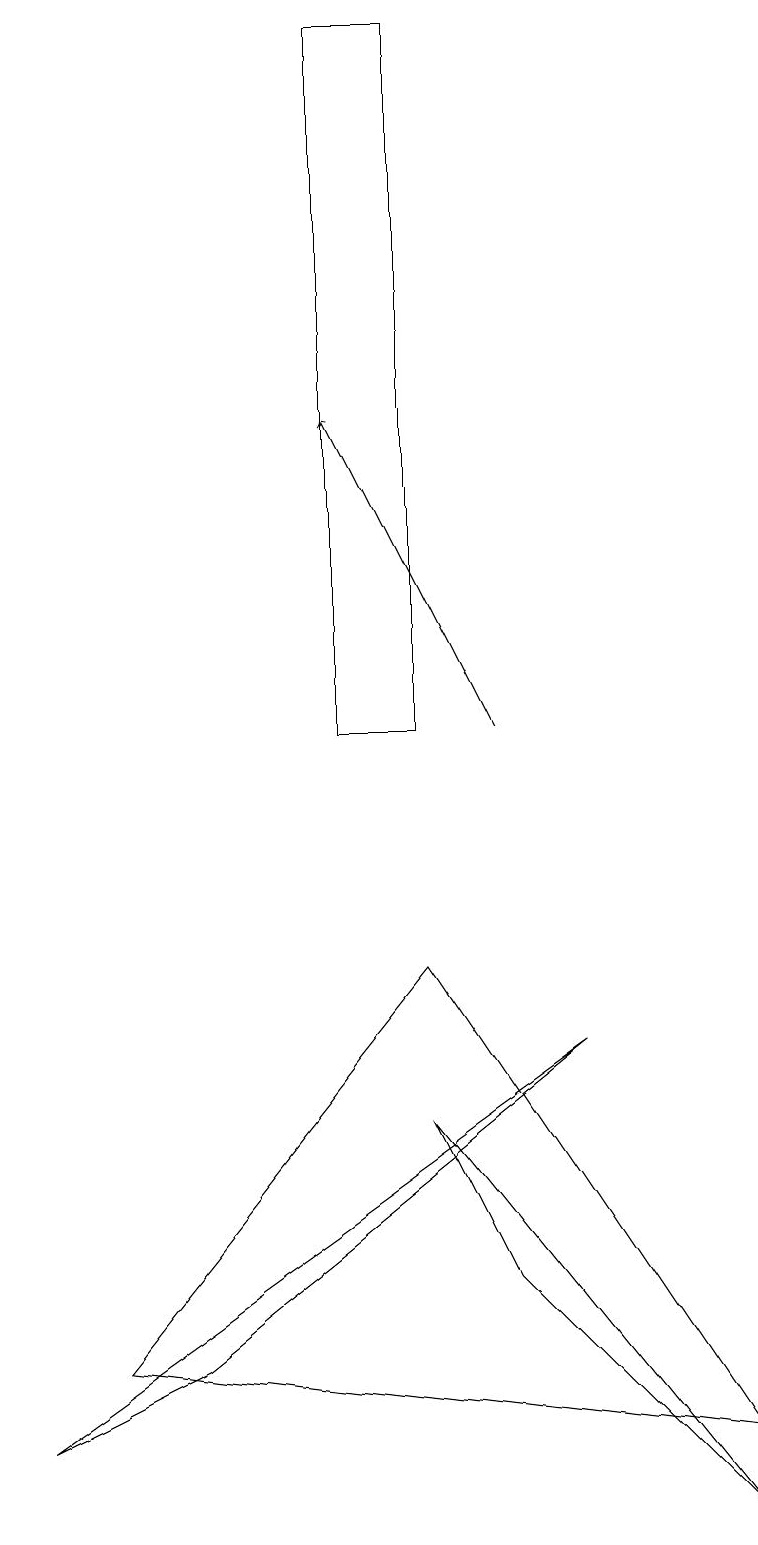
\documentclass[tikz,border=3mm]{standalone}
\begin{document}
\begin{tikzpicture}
\draw (5,7) -- (1,2) -- (9,1) -- cycle;
\draw (6,3) -- (9,0) -- (5,5) -- cycle;
\draw (0,1) -- (7,6) -- (2,2) -- cycle;
\draw[->] (6,10) -- (4,14);
\draw (5,10) rectangle (4,19);
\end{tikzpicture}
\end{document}